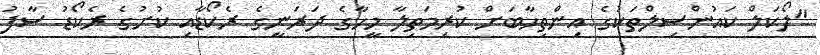
"ލޯކަލް ކައުންސިލްތަކުގެ އިންތިހާބަށް ކުރިމަތިލާ މީހާގެ ދަރަނީގެ ރެކޯޑާއި ކުށުގެ ރެކޯޑު ސާފު